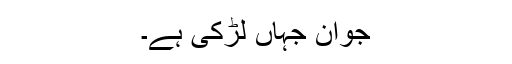
جوان جہاں لڑکی ہے۔